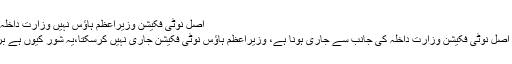
اصل نوٹی فکیشن وزیراعظم ہاؤس نہیں وزارت داخلہ جاری کرے گی
ان کا کہنا تھا کہ اصل نوٹی فکیشن وزارت داخلہ کی جانب سے جاری ہونا ہے، وزیراعظم ہاؤس نوٹی فکیشن جاری نہیں کرسکتا،یہ شور کیوں ہے برپا خدا ہی جانے۔